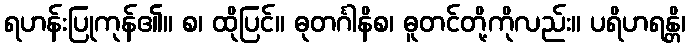
ရဟန်းပြုကုန်၏။ စ၊ ထိုပြင်။ ဓုတင်္ဂါနိစ၊ ဓူတင်တို့ကိုလည်း။ ပရိဟရန္တိ၊